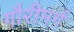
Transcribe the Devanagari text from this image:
गौरीमर्ग